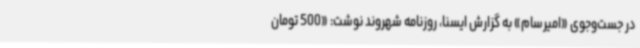
در جست‌وجوی «امیرسام» به گزارش ایسنا، روزنامه شهروند نوشت: «500 تومان